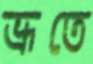
ভ্রূতে